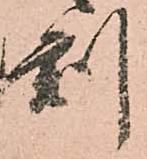
刻